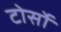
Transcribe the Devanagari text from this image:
टोर्सो